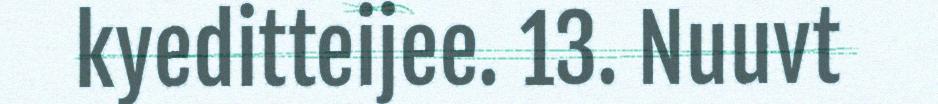
kyeditteijee. 13. Nuuvt